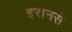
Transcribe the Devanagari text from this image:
इरानसे